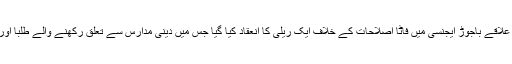
اتوار کو جمعیت علمائے اسلام (ف) کی طرف سے قبائلی علاقے باجوڑ ایجنسی میں فاٹا اصلاحات کے خلاف ایک ریلی کا انعقاد کیا گیا جس میں دینی مدارس سے تعلق رکھنے والے طلبا اور جے یو آئی کے کارکنوں نے کثیر تعداد میں شرکت کی۔